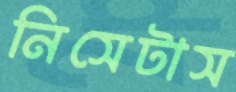
নিসেটাস